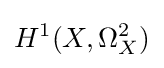
H^{1}(X,\Omega _{X}^{2})